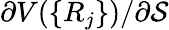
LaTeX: \partial V(\{ R_{j}\} )/\partial\mathcal{S}